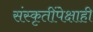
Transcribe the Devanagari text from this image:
संस्कृतींपेक्षाही